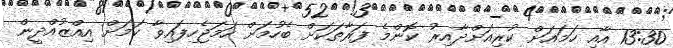
13:30 އާއި ހަމައަށް ކުރިއަށްދާއިރު ކޮންމެ ފަރާތަކަށް ބެހުމަށް ހަމަޖެހިފައިވާ ކަމަށް އިއްޒުއްދީން